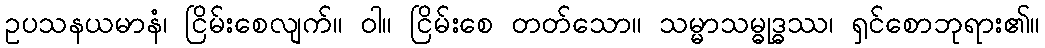
ဥပသနယမာနံ၊ ငြိမ်းစေလျက်။ ဝါ။ ငြိမ်းစေ တတ်သော။ သမ္မာသမ္ဓုဒ္ဓဿ၊ ရှင်စောဘုရား၏။